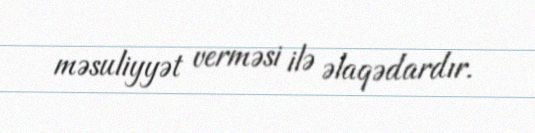
məsuliyyət verməsi ilə əlaqədardır.